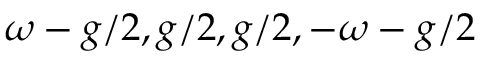
\omega - g / 2 , g / 2 , g / 2 , - \omega - g / 2